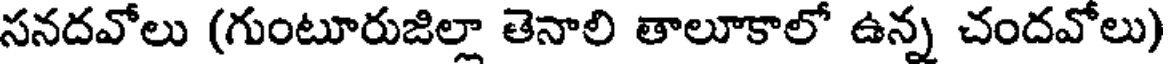
సనదవోలు (గుంటూరుజిల్లా తెనాలి తాలూకాలో ఉన్న చందవోలు)